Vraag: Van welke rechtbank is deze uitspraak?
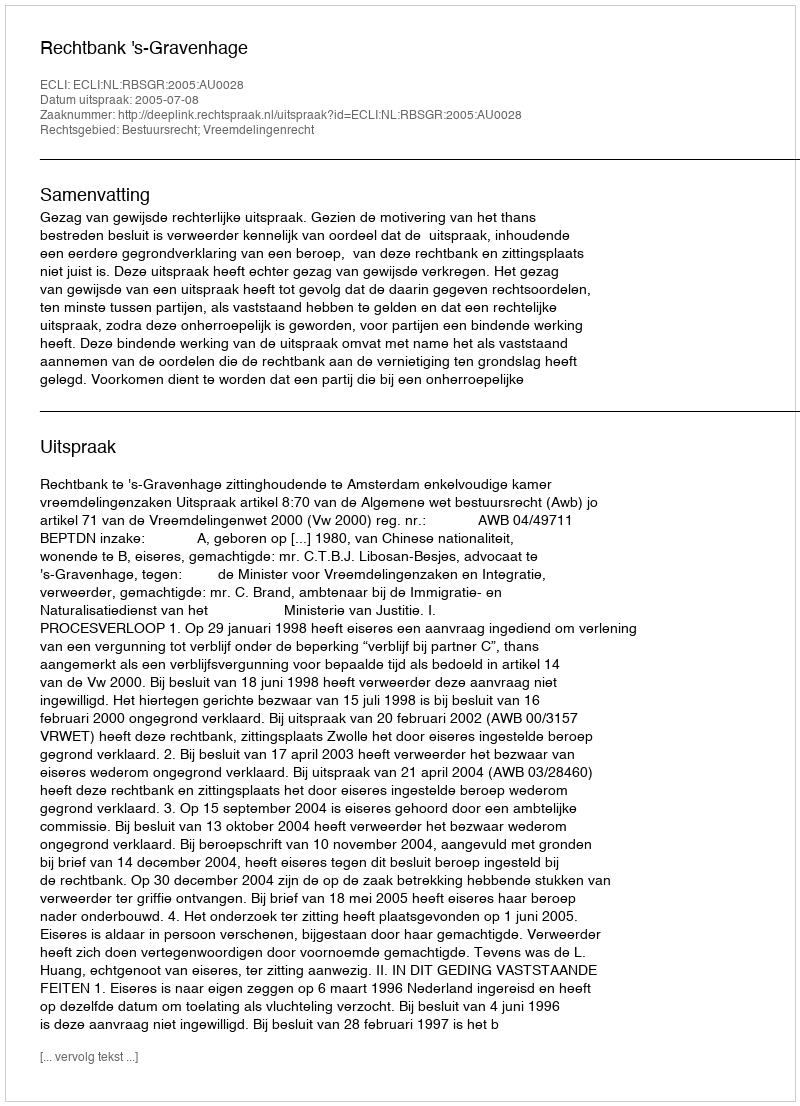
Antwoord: Rechtbank 's-Gravenhage